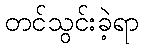
တင်သွင်းခဲ့ရာ